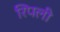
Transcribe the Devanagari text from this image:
रिपली